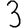
Digit: 3